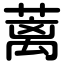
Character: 蓠